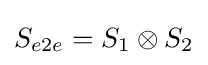
S_{e2e}=S_{1}\otimes S_{2}